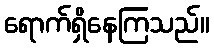
ရောက်ရှိနေကြသည်။